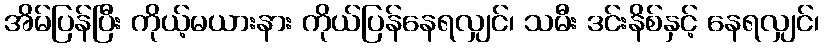
အိမ်ပြန်ပြီး ကိုယ့်မယားနား ကိုယ်ပြန်နေရလျှင်၊ သမီး ဒင်းနိစ်နှင့် နေရလျှင်၊